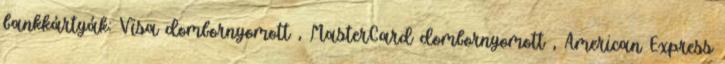
bankkártyák: Visa dombornyomott , MasterCard dombornyomott , American Express